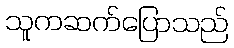
သူကဆက်ပြောသည်